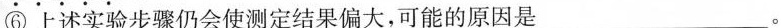
⑥上述实验步骤仍会使测定结果偏大，可能的原因是___。